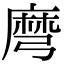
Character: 𪎔